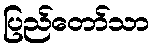
ပြည်တော်သာ